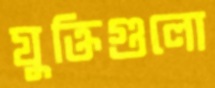
যুক্তিগুলো